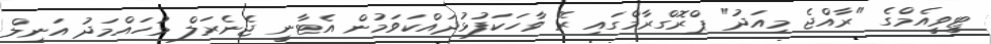
ޓީވީއެމްގެ "ރާއްޖެ މިއަދު" ޕްރޮގްރާމްގައި ރޭ ވާހަކަފުޅުދައްކަވަމުން އެޓާނީ ޖެނެރަލް މުހައްމަދު އަނިލް